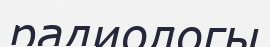
радиологы